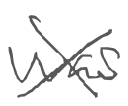
Text: was
Cross-out: cross
Writing tool: digital_gray